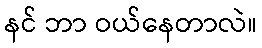
နင် ဘာ ဝယ်နေတာလဲ။